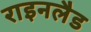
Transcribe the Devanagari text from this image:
राइनलैड